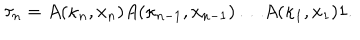
\tau _ { n } = A ( \kappa _ { n } , x _ { n } ) A ( \kappa _ { n - 1 } , x _ { n - 1 } ) \dots A ( \kappa _ { 1 } , x _ { 1 } ) 1 .